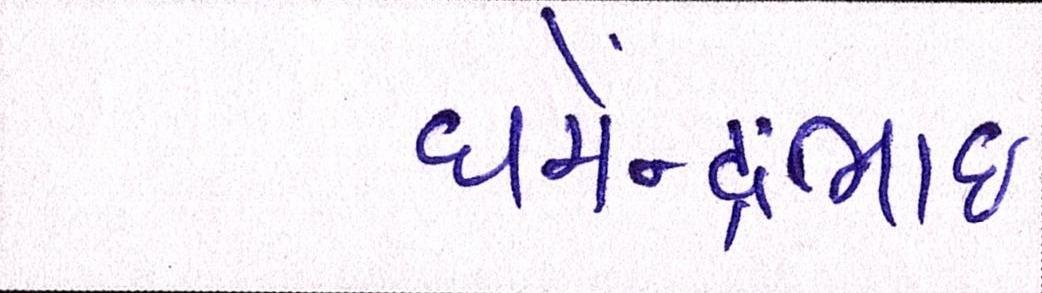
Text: ધર્મેન્દ્રભાઇ